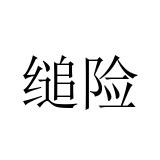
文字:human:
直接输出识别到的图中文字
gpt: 缒险